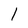
Character: l